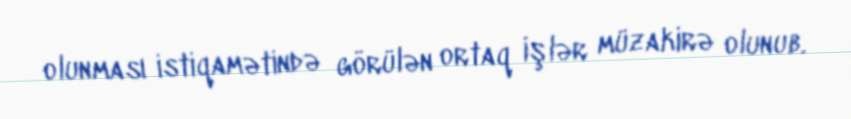
olunması istiqamətində görülən ortaq işlər müzakirə olunub.